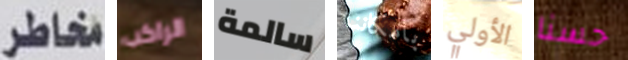
مخاطر الراكب سالمة بامكاننا الأولي حسنا